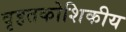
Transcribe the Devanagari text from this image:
वृहतकोशिकीय